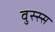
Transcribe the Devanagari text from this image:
वुस्स्स